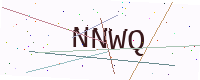
Text: NNWQ